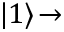
| 1 \rangle \! \rightarrow